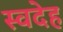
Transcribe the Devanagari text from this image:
स्वदेह